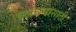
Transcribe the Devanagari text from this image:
क्लथनासाठी